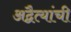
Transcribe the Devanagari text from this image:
अद्वैत्यांची